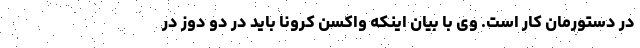
در دستورمان کار است. وی با بیان اینکه واکسن کرونا باید در دو دوز در